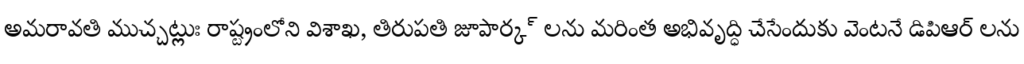
అమరావతి ముచ్చట్లుః రాష్ట్రంలోని విశాఖ, తిరుపతి జూపార్క్ లను మరింత అభివృద్ధి చేసేందుకు వెంటనే డిపిఆర్ లను